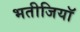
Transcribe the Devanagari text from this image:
भतीजियाॅ